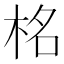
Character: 𭩹